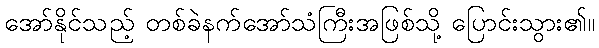
အော်နိုင်သည့် တစ်ခဲနက်အော်သံကြီးအဖြစ်သို့ ပြောင်းသွား၏။